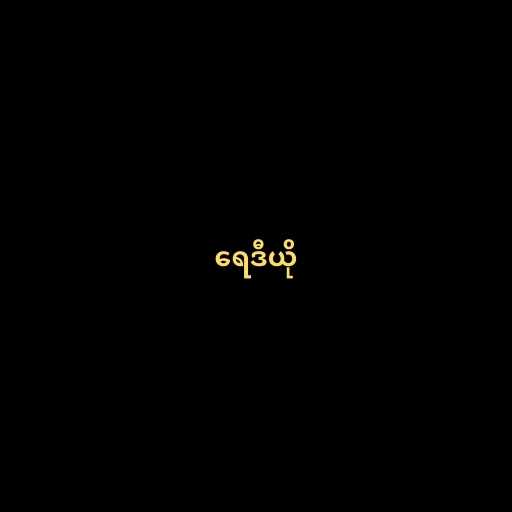
ရေဒီယို